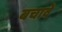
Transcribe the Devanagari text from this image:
बचावे